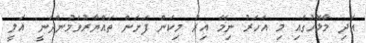
އަދި މާޅޮހުގައި މި އަހަރު ނިމޭ އިރު މިކަން ފަށަން ތައްޔާރުވަމުންދަނީ" އަލީ